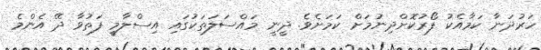
ހަރުދަނާ ކަމާއެކު ފޯރުކޮށްދިނުމަށް ކަމަށެވެ. ދީނީ މައްސަލަތަކުގައި އިސްލާމީ ފަތުވާ ދޭ އެންމެ